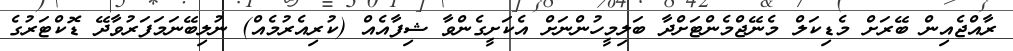
ރާއްޖެއިން ބޭރަށް މެޑިކަލް މެނޭޖްމެންޓަށްދާ ބަލިމީހުންނަށް އެކަށީގެންވާ ޝިފާއެއް (ކުރިއެރުމެއް) ނުލިބޭނަމަފަރުވާދޭ ޑޮކްޓަރުގެ